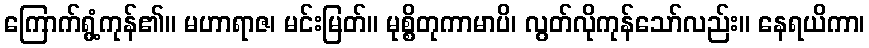
ကြောက်ရွံ့ကုန်၏။ မဟာရာဇ၊ မင်းမြတ်။ မုစ္စိတုကာမာပိ၊ လွတ်လိုကုန်သော်လည်း။ နေရယိကာ၊